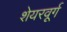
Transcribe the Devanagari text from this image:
शेयरवूर्ग